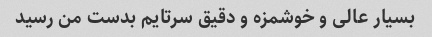
بسیار عالی و خوشمزه و دقیق سرتایم بدست من رسید